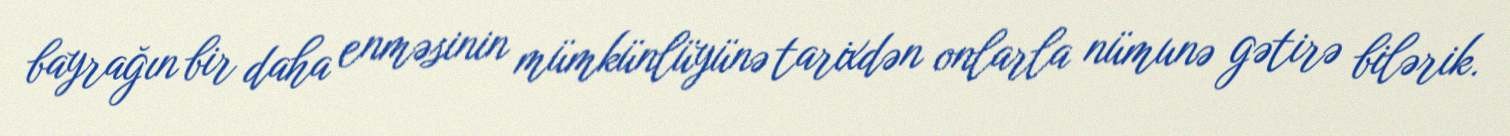
bayrağın bir daha enməsinin mümkünlüyünə tarixdən onlarla nümunə gətirə bilərik.